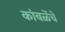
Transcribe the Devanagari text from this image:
कांबळेंचे